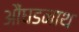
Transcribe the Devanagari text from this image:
औंघडनाथ